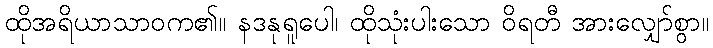
ထိုအရိယာသာဝက၏။ နဒနုရူပေါ၊ ထိုသုံးပါးသော ဝိရတီ အားလျှော်စွာ။